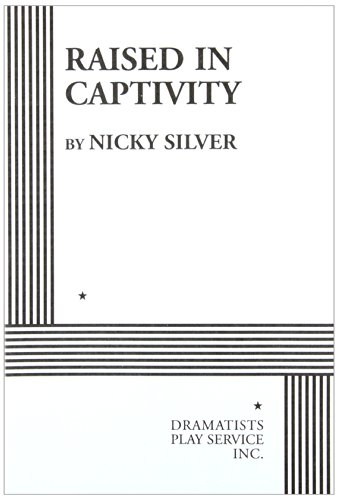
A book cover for Raised in Captivity.; Nicky Silver; Parenting & Relationships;